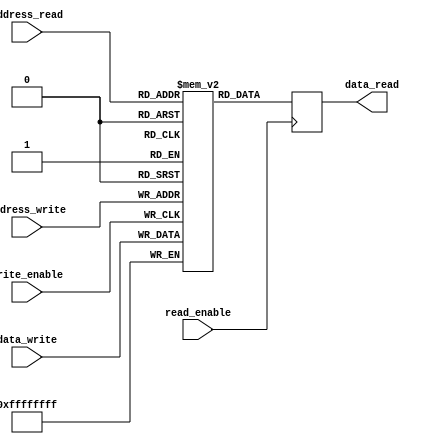
module ram (address_write, data_write, write_enable,
address_read, data_read, read_enable);

parameter D_WIDTH = 32;
parameter A_WIDTH = 4;
parameter A_MAX = 16; // 2^A_WIDTH (Depth)

// Write port
input  [A_WIDTH-1:0] address_write;
input  [D_WIDTH-1:0] data_write;
input                write_enable;

// Read port
input  [A_WIDTH-1:0] address_read;
output [D_WIDTH-1:0] data_read;
input                read_enable;

reg	[D_WIDTH-1:0] data_read;

// Memory as multi-dimensional array
reg [D_WIDTH-1:0] memory [A_MAX-1:0];

// Write data to memory
always @(posedge write_enable) begin
	memory[address_write] <= data_write;
end

// Read data from memory
always @(posedge read_enable) begin
	data_read <= memory[address_read];
end

endmodule